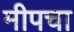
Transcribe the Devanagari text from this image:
मीपचा